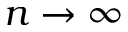
n \rightarrow \infty